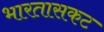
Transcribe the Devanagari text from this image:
भारतासकट